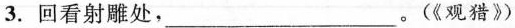
3.回看射雕处，___。(《观猎》)